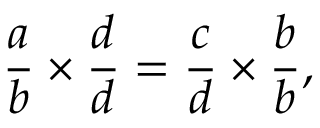
{ \frac { a } { b } } \times { \frac { d } { d } } = { \frac { c } { d } } \times { \frac { b } { b } } ,